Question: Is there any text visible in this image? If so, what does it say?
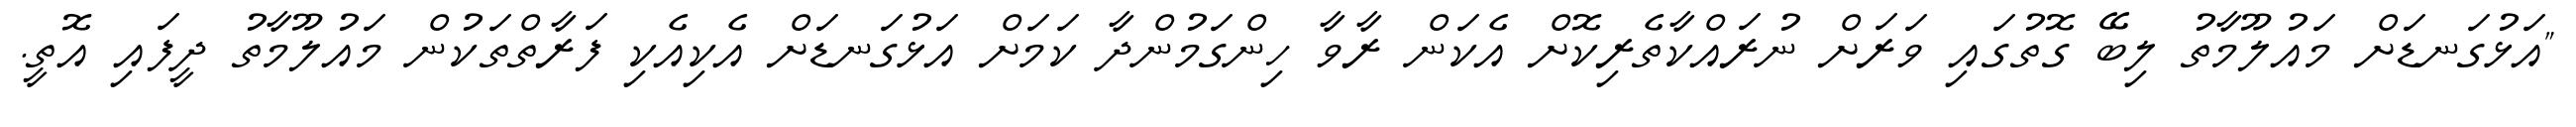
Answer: "އަޅުގަނޑަށް މައުލޫމާތު ލިބޭ ގޮތުގައި ވަރަށް ނުރައްކާތެރިކޮށް އެކަން ރާވާ ހިންގަމުންދާ ކަމަށް އަޅުގަނޑަށް އެކިއެކި ފަރާތްތަކުން މައުލޫމާތު ދީފައި އޮތީ.